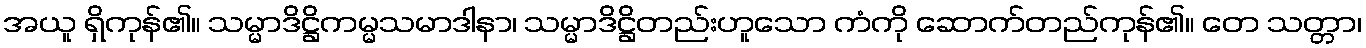
အယူ ရှိကုန်၏။ သမ္မာဒိဋ္ဌိကမ္မသမာဒါနာ၊ သမ္မာဒိဋ္ဌိတည်းဟူသော ကံကို ဆောက်တည်ကုန်၏။ တေ သတ္တာ၊